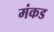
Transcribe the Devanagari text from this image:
मंकड